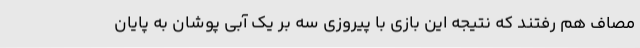
مصاف هم رفتند که نتیجه این بازی با پیروزی سه بر یک آبی پوشان به پایان